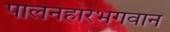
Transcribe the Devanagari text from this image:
पालनहारभगवान